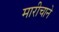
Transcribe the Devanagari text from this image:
मारीचाने